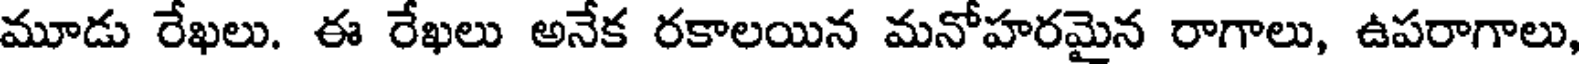
మూడు రేఖలు. ఈ రేఖలు అనేక రకాలయిన మనోహరమైన రాగాలు, ఉపరాగాలు,